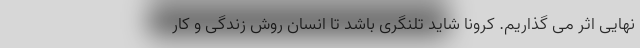
نهایی اثر می گذاریم. کرونا شاید تلنگری باشد تا انسان روش زندگی و کار